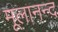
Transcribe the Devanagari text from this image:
मूलानन्द